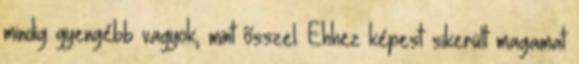
mindig gyengébb vagyok, mint ősszel. Ehhez képest sikerült magamat